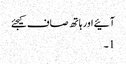
آئیے اور ہاتھ صاف کیجئے
1۔